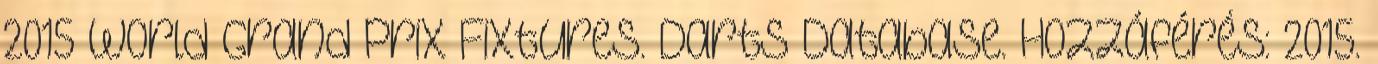
2015 World Grand Prix Fixtures. Darts Database. Hozzáférés: 2015.